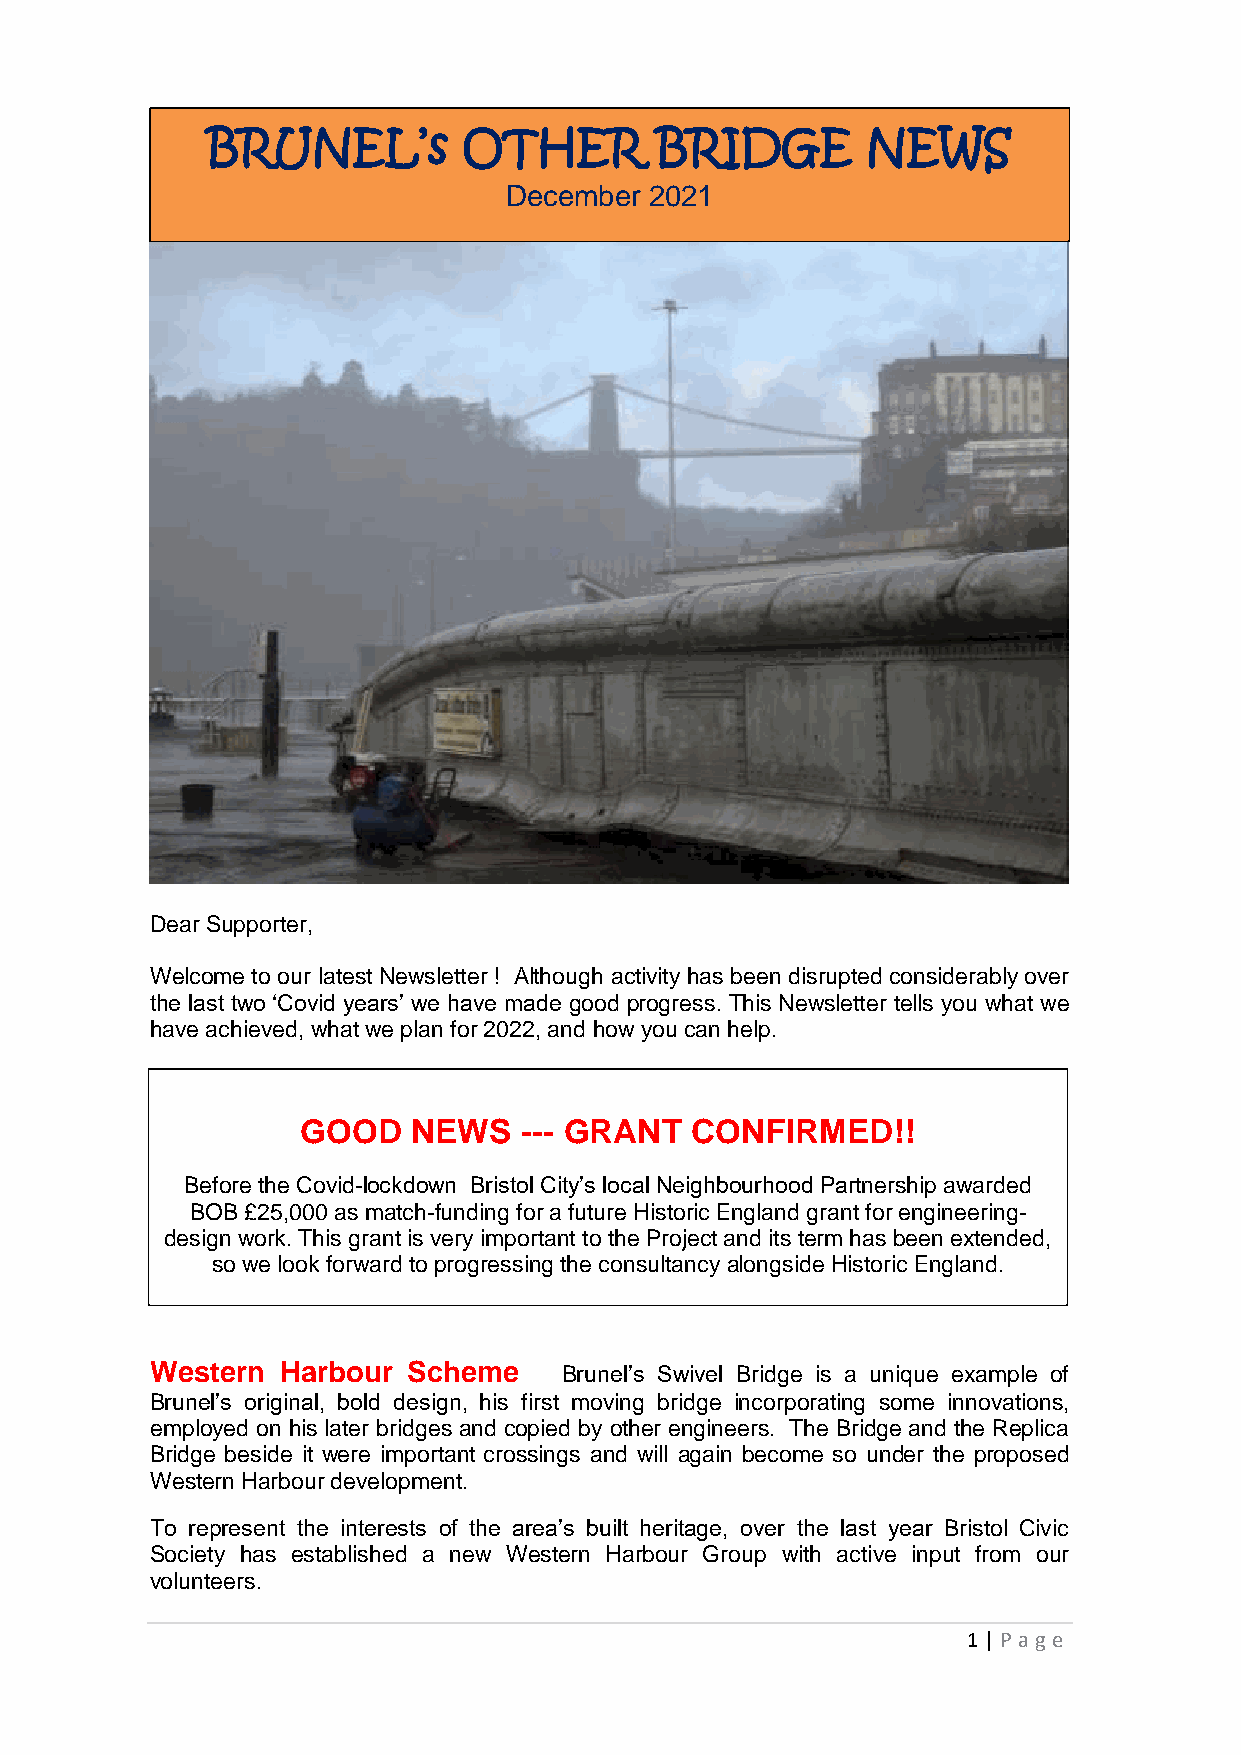
BRUNEL’s         OTHER       BRIDGE        NEWS
 December  2021
 Dear Supporter,
 Welcome to our latest Newsletter ! Although activity has been disrupted considerably over
 the last two ‘Covid years’ we have made good progress. This Newsletter tells you what we
 have achieved, what we plan for 2022, and how you can help.
 GOOD   NEWS   --- GRANT   CONFIRMED!!
 Before the Covid-lockdown Bristol City’s local Neighbourhood Partnership awarded
 BOB £25,000 as match-funding for a future Historic England grant for engineering-
 design work. This grant is very important to the Project and its term has been extended,
 so we look forward to progressing the consultancy alongside Historic England.
 Western  Harbour Scheme    Brunel’s Swivel Bridge is a unique example of
 Brunel’s original, bold design, his first moving bridge incorporating some innovations,
 employed on his later bridges and copied by other engineers. The Bridge and the Replica
 Bridge beside it were important crossings and will again become so under the proposed
 Western Harbour development.
 To represent the interests of the area’s built heritage, over the last year Bristol Civic
 Society has established a new Western Harbour Group with active input from our
 volunteers.
 1 | P age